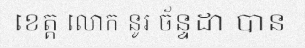
ខេត្ត លោក នូរ ច័ន្ទដា បាន